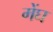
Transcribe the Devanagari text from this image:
मेंघ